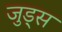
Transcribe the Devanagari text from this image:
जुड्स